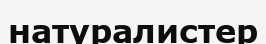
натуралистер